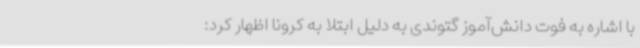
با اشاره به فوت دانش‌آموز گتوندی به دلیل ابتلا به کرونا اظهار کرد: